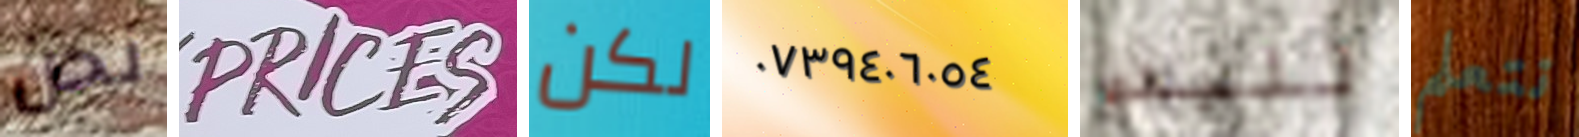
نحن PRICES لكن ٠٧٣٩٤٠٦٠٥٤ للبدء نتعلم